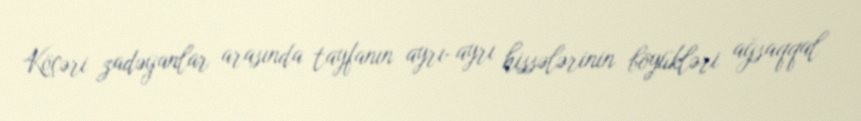
Köçəri zadəganlar arasında tayfanın ayrı-ayrı hissələrinin böyükləri ağsaqqal